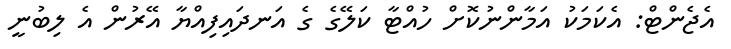
އެޖެންޓް: އެކަމަކު އަމާންނުކޮށް ހުއްޓާ ކަލޭގެ ގެ އަނދައިފިއްޔާ އޭރުން އެ ލިބުނީ